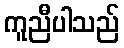
ကူညီပါသည်